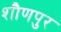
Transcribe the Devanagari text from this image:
शौणपुर